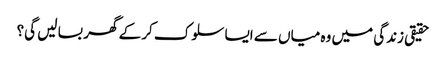
حقیقی زندگی میں وہ میاں سے ایسا سلوک کر کے گھر بسا لیں گی؟